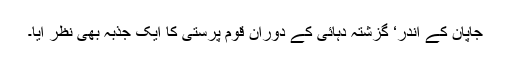
جاپان کے اندر‘ گزشتہ دہائی کے دوران قوم پرستی کا ایک جذبہ بھی نظر آیا۔